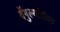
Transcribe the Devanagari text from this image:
वेंगुर्ल्यातील